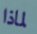
لماذا